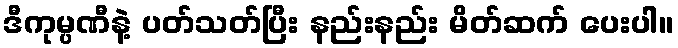
ဒီကုမ္ပဏီနဲ့ ပတ်သတ်ပြီး နည်းနည်း မိတ်ဆက် ပေးပါ။